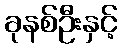
ခုနစ်ဦးနှင့်